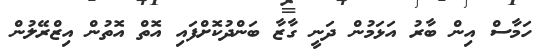
ހަމާސް އިން ބާރު އަޅަމުން ދަނީ ގާޒާ ބަންދުކޮށްފައި އޮތް އޮތުން އިޒްރޭލުން